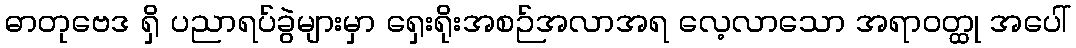
ဓာတုဗေဒ ရှိ ပညာရပ်ခွဲများမှာ ရှေးရိုးအစဉ်အလာအရ လေ့လာသော အရာဝတ္ထု အပေါ်